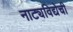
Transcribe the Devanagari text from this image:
नाट्यविद्येची